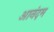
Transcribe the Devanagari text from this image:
आनंदम